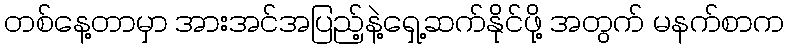
တစ်နေ့တာမှာ အားအင်အပြည့်နဲ့ရှေ့ဆက်နိုင်ဖို့ အတွက် မနက်စာက